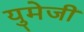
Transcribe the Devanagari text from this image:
युमेजी